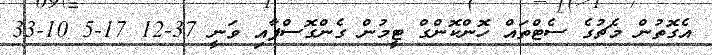
އެގޮތުން މެޗުގެ ސެޓްތައް ހޮންކޮންގް ޓީމުން ގެންގޮސްފާއި ވަނީ 37-12 17-5 10-33